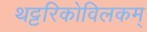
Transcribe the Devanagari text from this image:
थट्टरिकोविलकम्